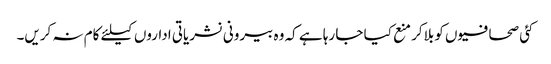
کئی صحافیوں کو بلاکر منع کیا جا رہا ہے کہ وہ بیرونی نشریاتی اداروں کیلئے کام نہ کریں۔